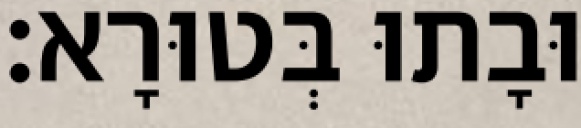
וּבָתוּ בְּטוּרָא׃